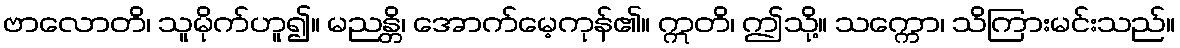
ဗာလောတိ၊ သူမိုက်ဟူ၍။ မညန္တိ၊ အောက်မေ့ကုန်၏။ ဣတိ၊ ဤသို့။ သက္ကော၊ သိကြားမင်းသည်။